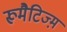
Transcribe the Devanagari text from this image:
रूमैटिज्म़